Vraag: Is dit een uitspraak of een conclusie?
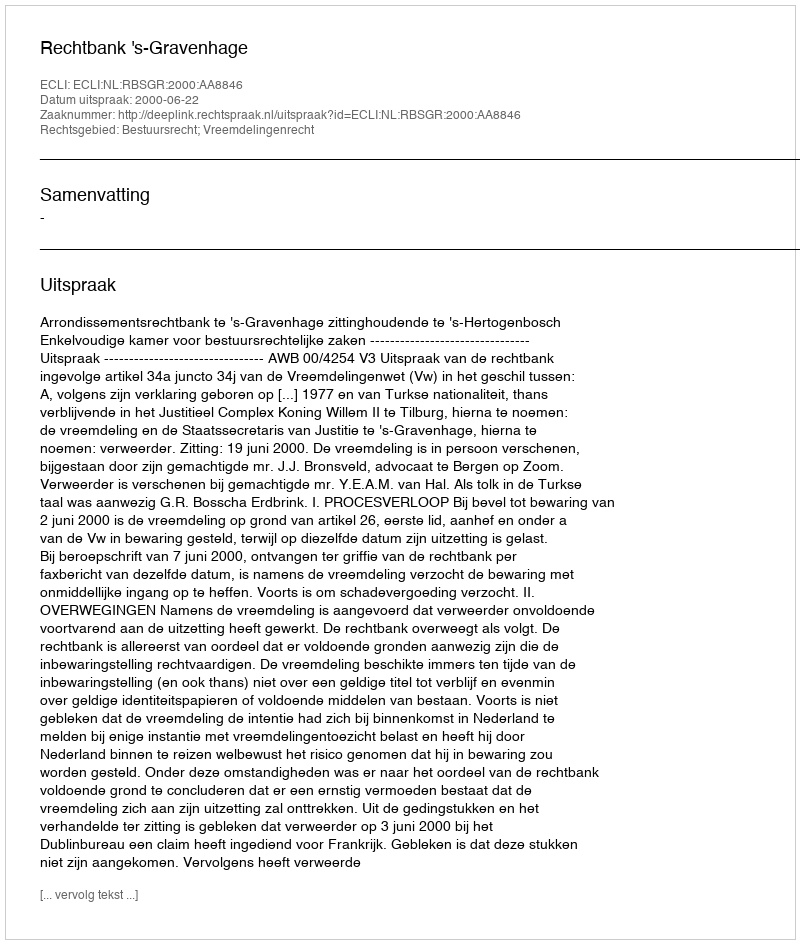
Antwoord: Uitspraak